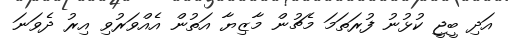
އަދި ބީޖީ ކުޅުނު ފުރަތަމަ މެޗުން މާޒިޔާ އަތުން އެއްވަރުވި އިރު ދެވަނަ